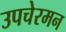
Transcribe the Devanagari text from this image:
उपचेरमन